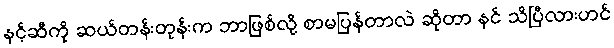
နင့်ဆီကို ဆယ်တန်းတုန်းက ဘာဖြစ်လို့ စာမပြန်တာလဲ ဆိုတာ နင် သိပြီလားဟင်